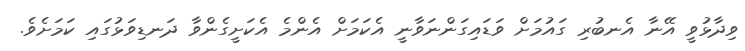
ވިދާޅުވީ އޭނާ އެނބުރި ގައުމަށް ވަޑައިގަންނަވާނީ އެކަމަށް އެންމެ އެކަށީގެންވާ ދަނޑިވަޅުގައި ކަމަށެވެ.